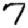
Digit: 7